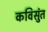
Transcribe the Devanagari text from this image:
कविसुंत